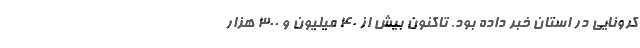
کرونایی در استان خبر داده بود. تاکنون بیش از ۴۰ میلیون و ۳۰۰ هزار